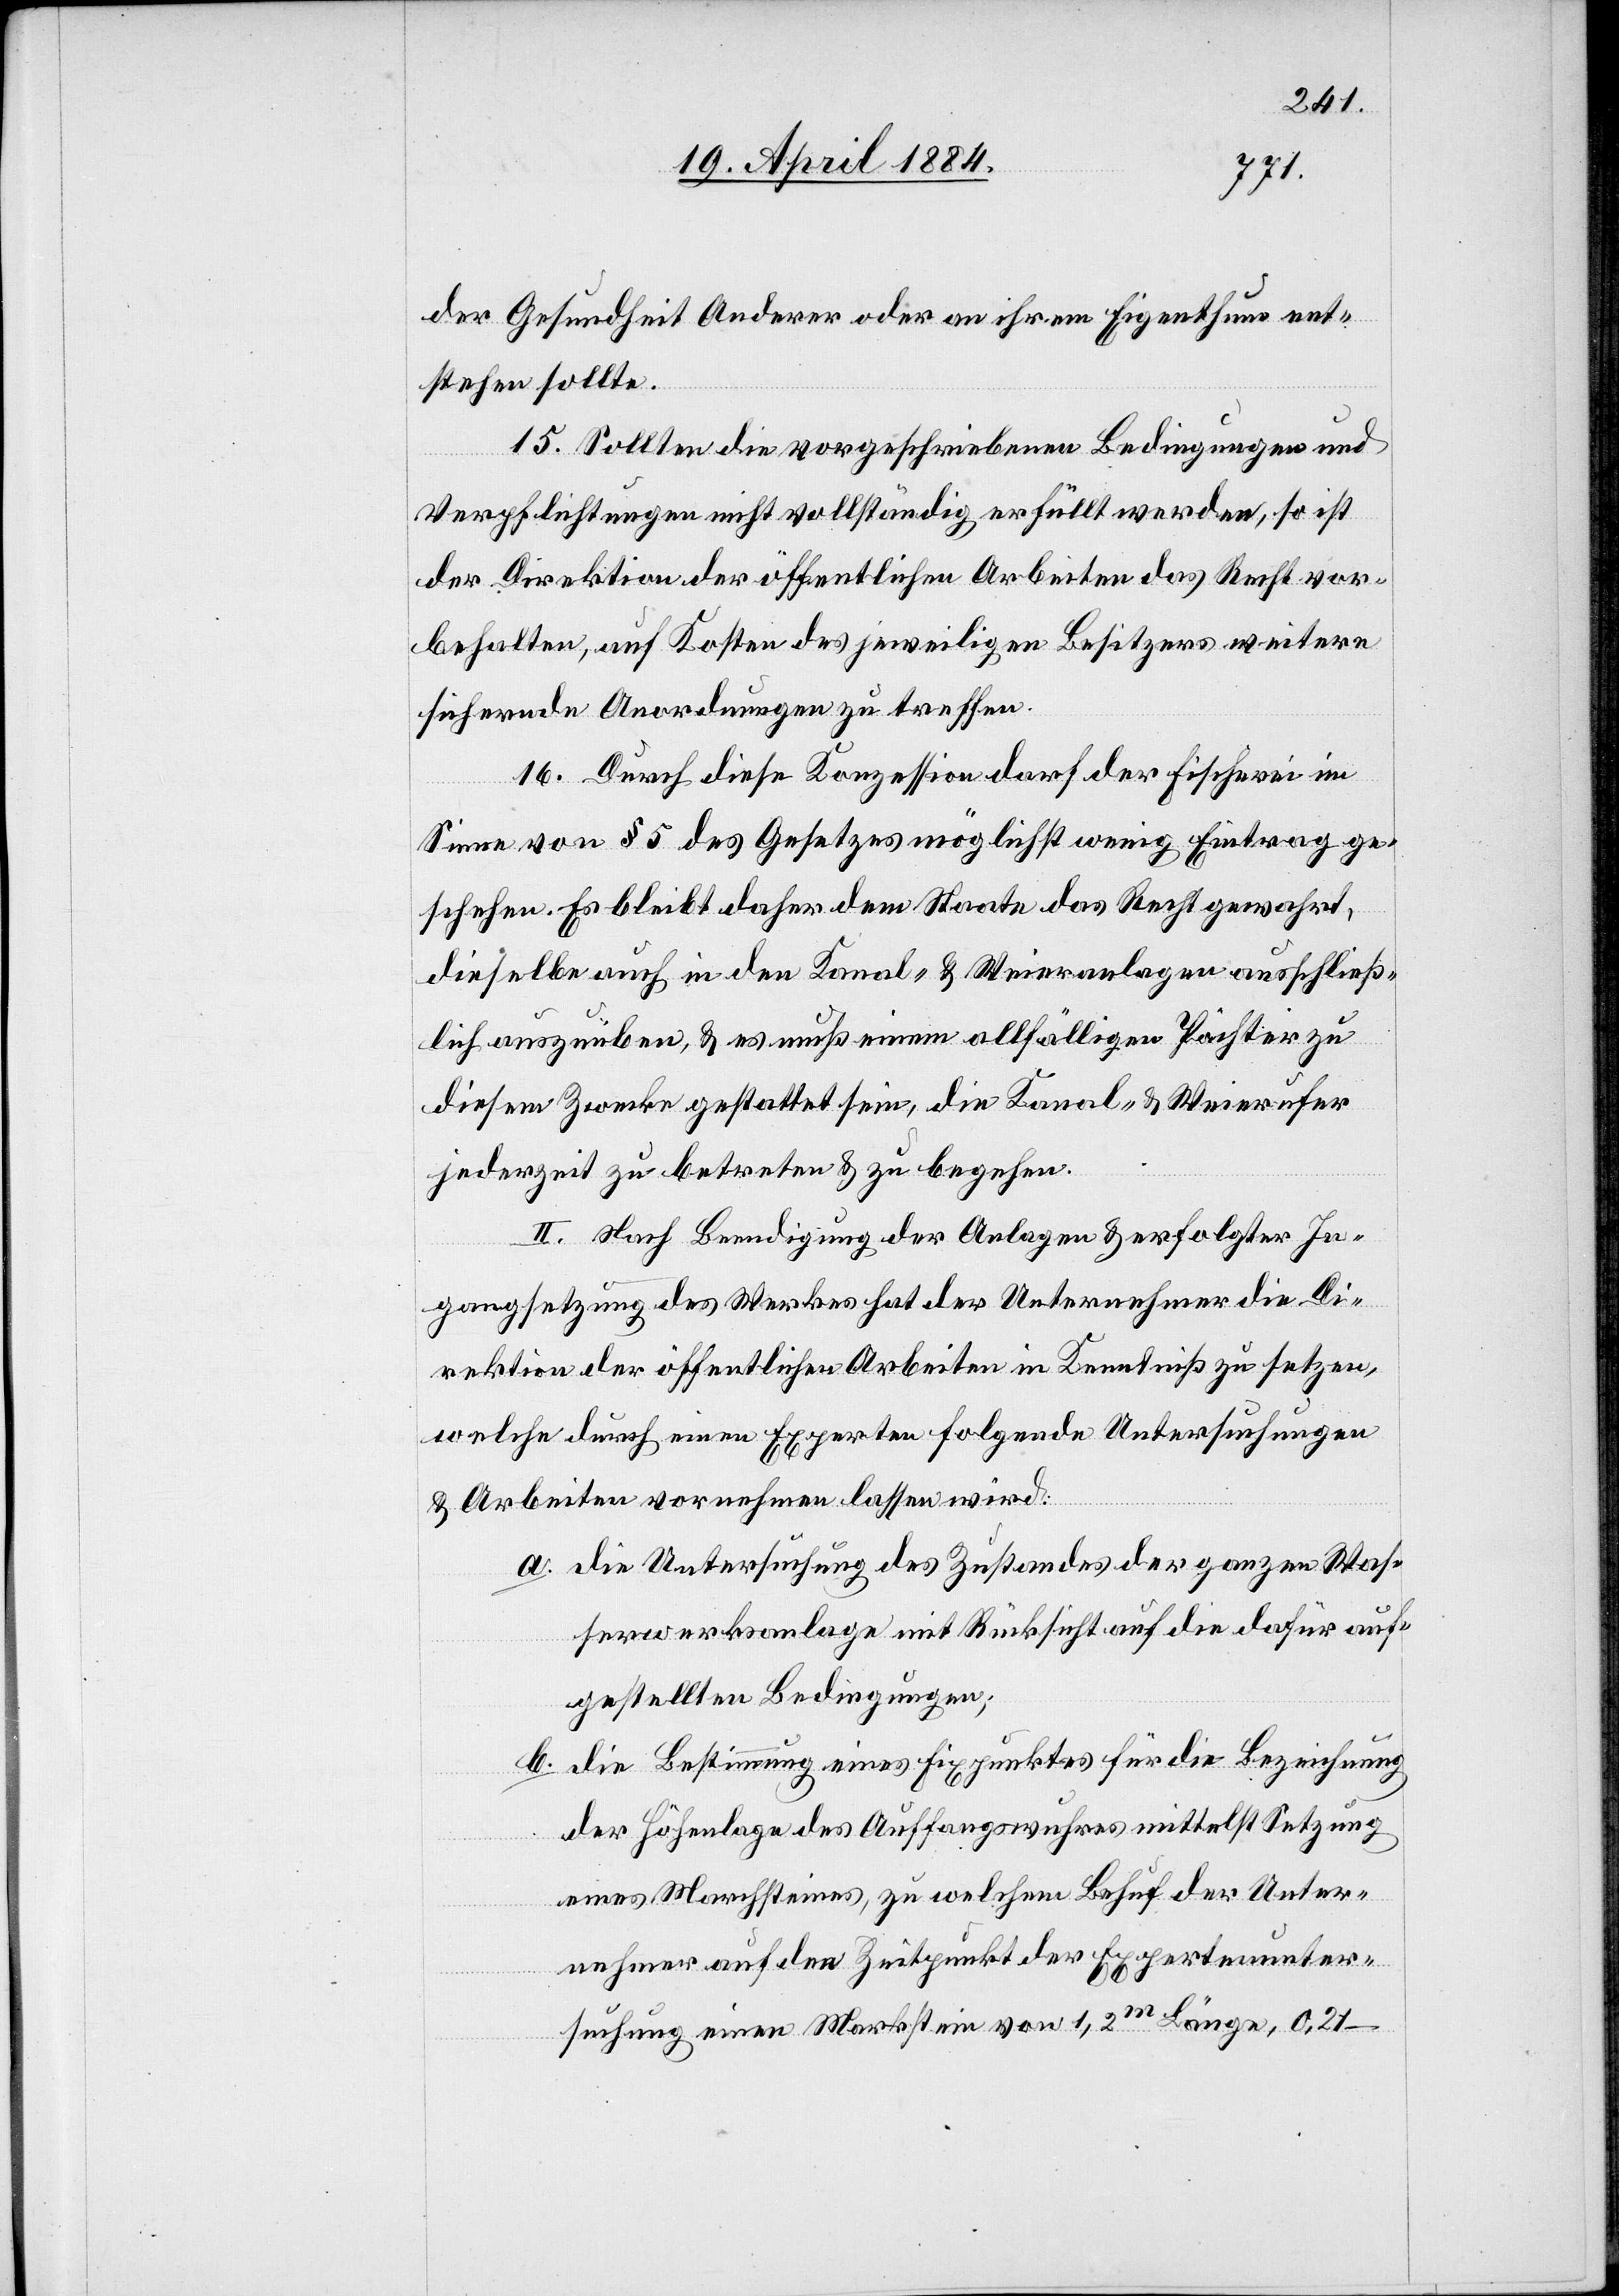
der Gesundheit Anderer oder an ihrem Eigenthum ent¬
stehen sollte.
15. Sollten die vorgeschriebenen Bedingungen und
Verpflichtungen nicht vollständig erfüllt werden, so ist
der Direktion der öffentlichen Arbeiten das Recht vor¬
behalten, auf Kosten des jeweiligen Besitzers weitere
sichernde Anordnungen zu treffen.
16. Durch diese Konzession darf der Fischerei im
Sinne von § 5 des Gesetzes möglichst wenig Eintrag ge¬
schehen. Es bleibt daher dem Staate das Recht gewahrt,
dieselbe auch in den Kanal- & Weieranlagen ausschließ¬
lich auszuüben & es muß einem allfälligen Pächter zu
diesem Zwecke gestattet sein, die Kanal- & Weierufer
jederzeit zu betreten & zu begehen.
II. Nach Beendigung der Anlagen & erfolgter In¬
gangsetzung des Werkes hat der Unternehmer die Di¬
rektion der öffentlichen Arbeiten in Kenntniß zu setzen,
welche durch einen Experten folgende Untersuchungen
& Arbeiten vornehmen lassen wird:
a. die Untersuchung des Zustandes der ganzen Was¬
serwerksanlage mit Rücksicht auf die dafür auf¬
gestellten Bedingungen;
b. die Bestimmung eines Fixpunktes für die Bezeichnung
der Höhenlage des Auffangswuhres mittelst Setzung
eines Marchsteines, zu welchem Behuf der Unter¬
nehmer auf den Zeitpunkt der Expertenunter¬
suchung einen Markstein von 1,2m Länge, 0,21–